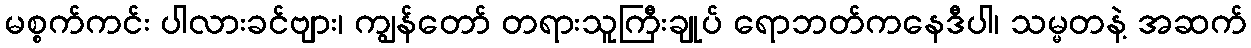
မစ္စက်ကင်း ပါလားခင်ဗျား၊ ကျွန်တော် တရားသူကြီးချုပ် ရောဘတ်ကနေဒီပါ၊ သမ္မတနဲ့ အဆက်